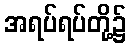
အရပ်ရပ်တို့၌